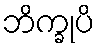
ဘိက္ခုပိ